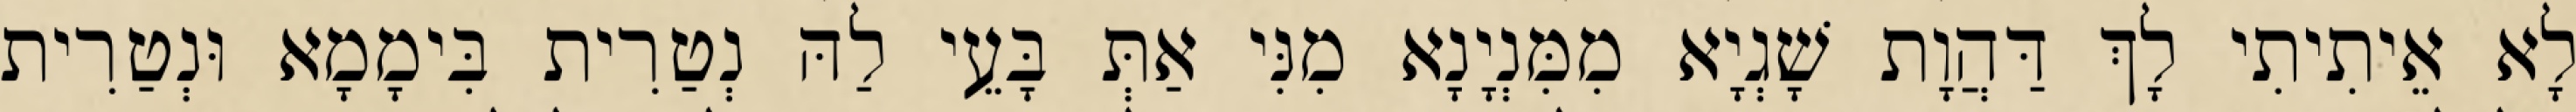
לָא אֵיתִיתִי לָךְ דַּהֲוָת שָׁגְיָא מִמִּנְיָנָא מִנִּי אַתְּ בָּעֵי לַהּ נְטַרִית בִּימָמָא וּנְטַרִית